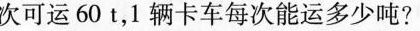
次可运60t，1辆卡车每次能运多少吨?